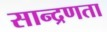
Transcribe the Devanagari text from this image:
सान्द्रणता